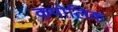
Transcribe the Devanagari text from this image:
कपोलिक